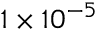
1 \times 1 0 ^ { - 5 }